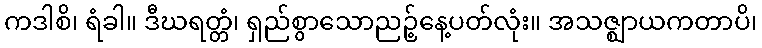
ကဒါစိ၊ ရံခါ။ ဒီဃရတ္တံ၊ ရှည်စွာသောညဉ့်နေ့ပတ်လုံး။ အသဇ္ဈာယကတာပိ၊